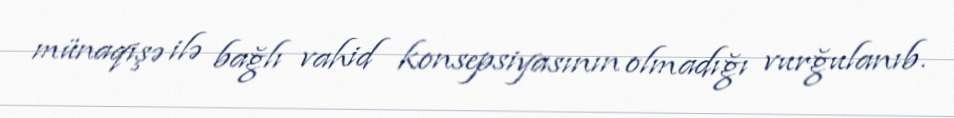
münaqişə ilə bağlı vahid konsepsiyasının olmadığı vurğulanıb.